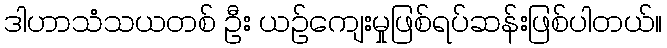
ဒါဟာသံသယတစ် ဦး ယဉ်ကျေးမှုဖြစ်ရပ်ဆန်းဖြစ်ပါတယ်။